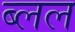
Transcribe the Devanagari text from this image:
ब्लल